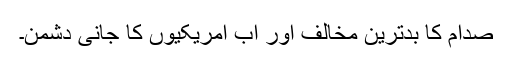
صدام کا بدترین مخالف اور اب امریکیوں کا جانی دشمن۔